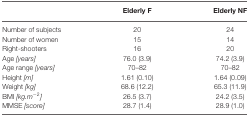
<table><thead><tr><td></td><td><b>Elderly F</b></td><td><b>Elderly NF</b></td></tr></thead><tbody><tr><td>Number of subjects</td><td>20</td><td>24</td></tr><tr><td>Number of women</td><td>15</td><td>14</td></tr><tr><td>Right-shooters</td><td>16</td><td>20</td></tr><tr><td>Age <i>[years]</i></td><td>76.0 (3.9)</td><td>74.2 (3.9)</td></tr><tr><td>Age range <i>[years]</i></td><td>70–82</td><td>70–82</td></tr><tr><td>Height <i>[m]</i></td><td>1.61 (0.10)</td><td>1.64 (0.09)</td></tr><tr><td>Weight <i>[kg]</i></td><td>68.6 (12.2)</td><td>65.3 (11.9)</td></tr><tr><td>BMI <i>[kg.m<sup>-2</sup>]</i></td><td>26.5 (3.7)</td><td>24.2 (3.5)</td></tr><tr><td>MMSE <i>[score]</i></td><td>28.7 (1.4)</td><td>28.9 (1.0)</td></tr></tbody></table>